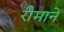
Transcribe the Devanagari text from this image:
रीमाने